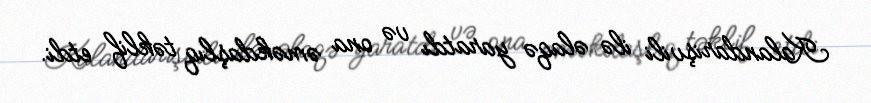
Kalandarişvili ilə əlaqə yaratdı və ona əməkdaşlıq təklif etdi.